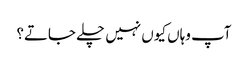
آپ وہاں کیوں نہیں چلے جاتے؟